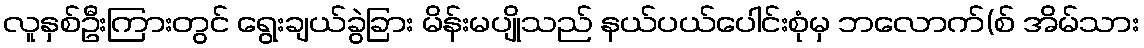
လူနှစ်ဦးကြားတွင် ရွေးချယ်ခွဲခြား မိန်းမပျိုသည် နယ်ပယ်ပေါင်းစုံမှ ဘလောက်(စ် အိမ်သား